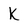
Character: K